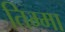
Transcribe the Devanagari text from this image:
तिम्मा